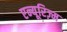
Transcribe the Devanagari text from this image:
एन्यूरिज़्म